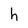
Character: h